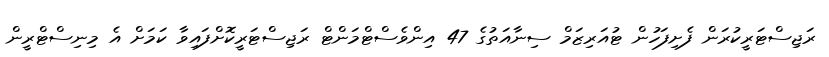
ރަޖިސްޓަރީކުރަން ފެށިފަހުން ޓުއަރިޒަމް ސިނާއަތުގެ 47 އިންވެސްޓްމަންޓް ރަޖިސްޓަރީކޮށްފައިވާ ކަމަށް އެ މިނިސްޓްރީން